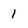
Character: 1